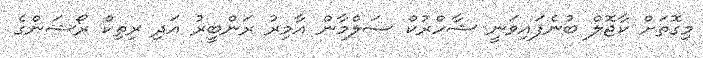
މިގޮތަށް ކާޖޮލް ބުނެފައިވަނީ ޝާހްރުކް ސަލްމާން އާމިރު ރަންބީރު އަދި ރިތިކް ރޯޝަންގެ